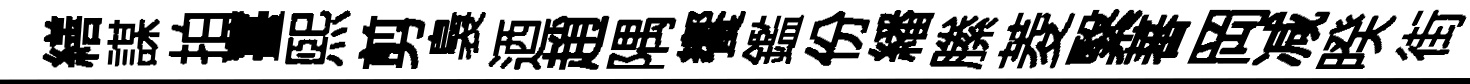
繕謀拍薹煕剪裊迺趙隅饗鑑份繙縢菱繄蕃岡减暌街